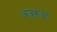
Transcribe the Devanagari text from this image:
आजुबाजूस